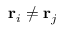
{ \bf r } _ { i } \neq { \bf r } _ { j }